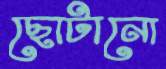
ছোটানো